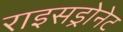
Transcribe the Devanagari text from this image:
राइसड्रोनेट